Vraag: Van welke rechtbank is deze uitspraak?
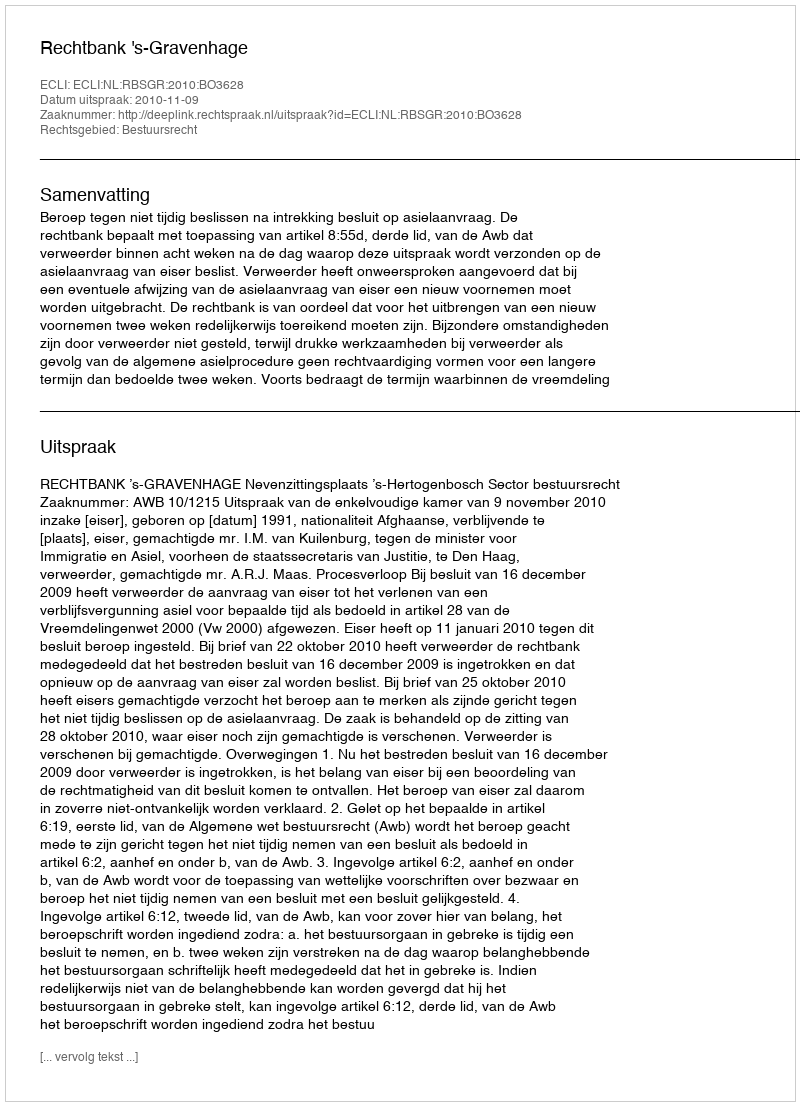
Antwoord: Rechtbank 's-Gravenhage